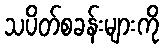
သပိတ်စခန်းများကို